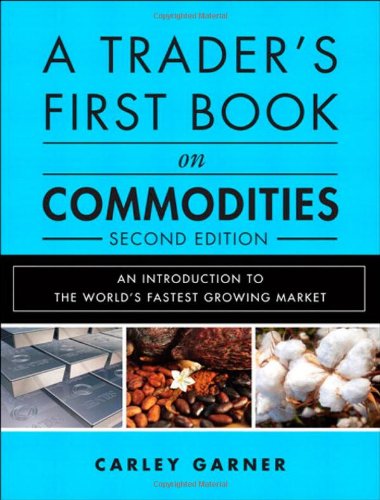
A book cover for A Trader's First Book on Commodities: An Introduction to the World's Fastest Growing Market (2nd Edition); Carley Garner; Business & Money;